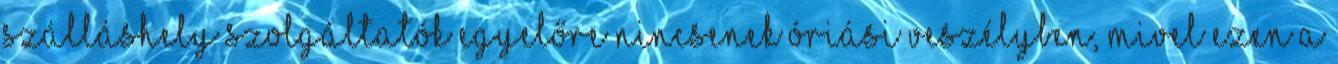
szálláshely szolgáltatók egyelőre nincsenek óriási veszélyben, mivel ezen a